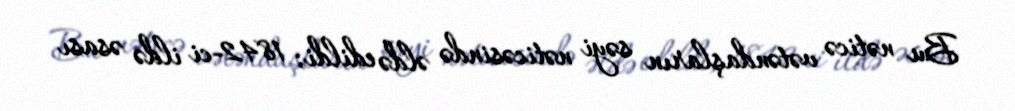
Bu nəticə vətəndaşların səyi nəticəsində əldə edildi; 1842-ci ildə əsası